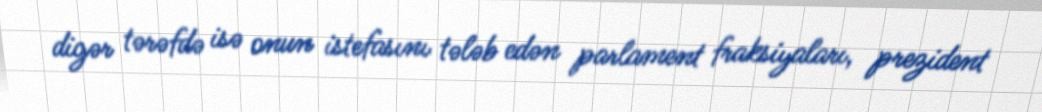
digər tərəfdə isə onun istefasını tələb edən parlament fraksiyaları, prezident